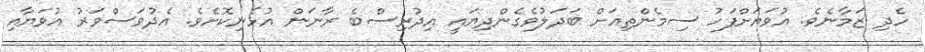
ހެދި ޒަމާނެވެ. އުވަޔަށްފަހު ސިމެންތިއަށް ބަދަލުވެގެންދިޔައީ އިދުރިސްބެ ރާނަން އުޅެނިކޮށެވެ. އެދުވަސްވަރު އުވަޔާއި